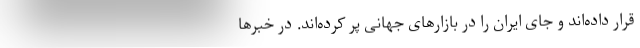
قرار داده‌اند و جای ایران را در بازارهای جهانی پر کرده‌اند. در خبرها